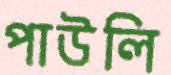
পাউলি